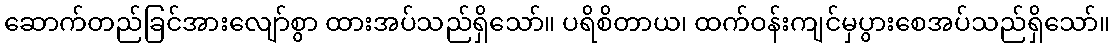
ဆောက်တည်ခြင်အားလျော်စွာ ထားအပ်သည်ရှိသော်။ ပရိစိတာယ၊ ထက်ဝန်းကျင်မှပွားစေအပ်သည်ရှိသော်။